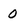
Character: 0